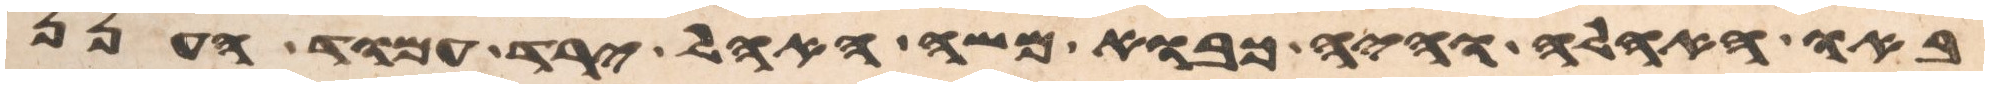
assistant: באו האהלה והיה כבוא משה האהל ירד עמוד הענן